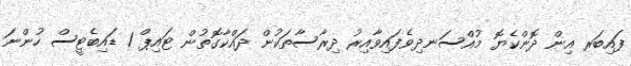
ފައިބަރ އިން ދޮންކެޔޮ މުއްސަނދިވެފައިވާއިރު ދިރާސާތަކުން ދައްކާގޮތުން ޓައިޕް 1 ޑައިބެޓީސް ހުންނަ